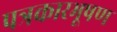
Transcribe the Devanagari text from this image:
पत्रकारभूषण